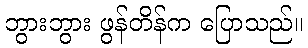
ဘွားဘွား ဖွန်တိန်က ပြောသည်။